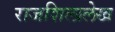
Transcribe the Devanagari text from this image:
राजशिलालेख